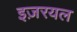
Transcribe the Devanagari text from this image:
इज़रयल